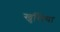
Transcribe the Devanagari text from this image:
खुसिया